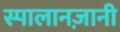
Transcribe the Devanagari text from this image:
स्पालानज़ानी